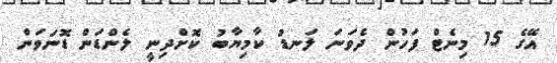
އޭގެ 15 މިނެޓް ފަހުން ދެވަނަ ލަނޑު ކާމިޔާބު ކޮށްދިނީ ލެންޑަން ޑޮނަވަން